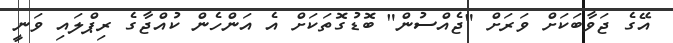
އޭގެ ޖަވާބަކަށް ވަރަށް "ޖެއްސުން" ބޮޑުގޮތަކަށް އެ އަންހެން ކުއްޖާގެ ރިޕްލައި ވަނީ